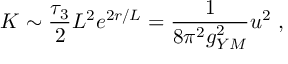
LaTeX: K \sim \frac { \tau _ { 3 } } { 2 } L ^ { 2 } e ^ { 2 r / L } = \frac { 1 } { 8 \pi ^ { 2 } g _ { Y M } ^ { 2 } } u ^ { 2 } \ ,